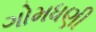
ગોમધણી